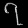
Digit: ၇